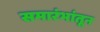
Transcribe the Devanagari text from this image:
समारंभांतून